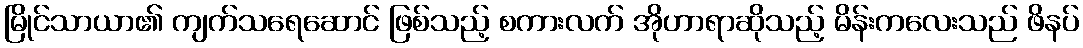
မြိုင်သာယာ၏ ကျက်သရေဆောင် ဖြစ်သည့် စကားလက် အိုဟာရာဆိုသည့် မိန်းကလေးသည် ဖိနပ်